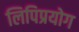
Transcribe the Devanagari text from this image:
लिपिप्रयोग